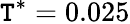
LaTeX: \mathtt{T}^{*}=0.025